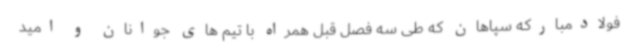
فولادمبارکه سپاهان که طی سه فصل قبل همراه با تیم های جوانان و امید